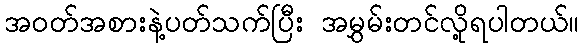
အဝတ်အစားနဲ့ပတ်သက်ပြီး အမွှမ်းတင်လို့ရပါတယ်။